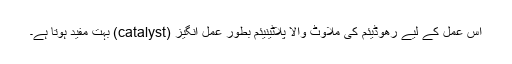
اس عمل کے لیے رھوڈیئم کی ملاوٹ والا پلاٹینیئم بطور عمل انگیز (catalyst) بہت مفید ہوتا ہے۔